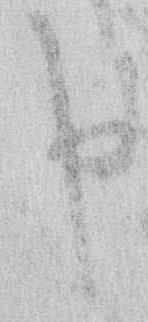
申